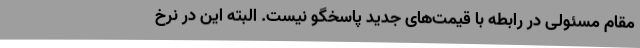
مقام مسئولی در رابطه با قیمت‌های جدید پاسخگو نیست. البته این در نرخ